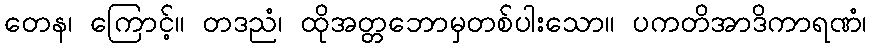
တေန၊ ကြောင့်။ တဒညံ၊ ထိုအတ္တဘောမှတစ်ပါးသော။ ပကတိအာဒိကာရဏံ၊